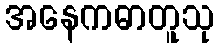
အနေကဓာတူသု